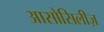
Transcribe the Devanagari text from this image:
आसोसिलीज़